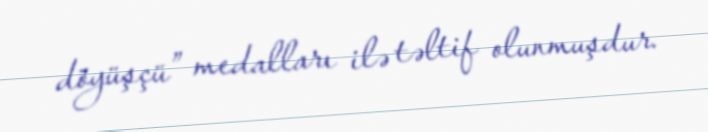
döyüşçü” medalları ilə təltif olunmuşdur.